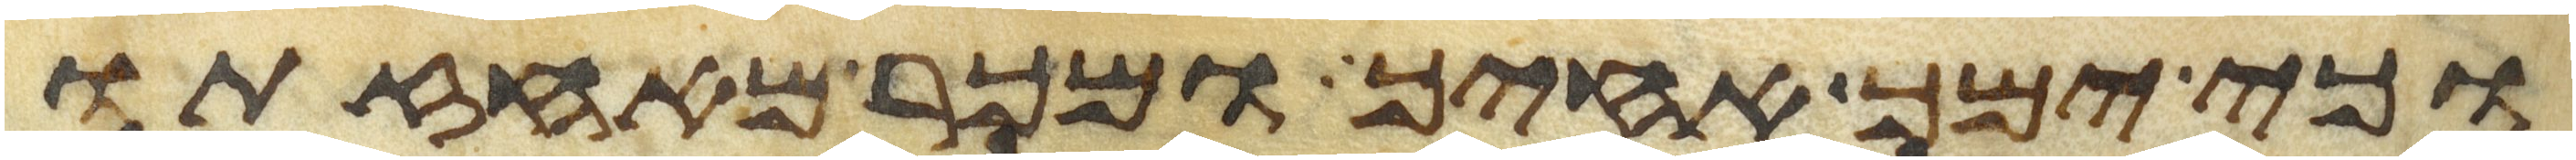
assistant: וכי ימך אחיך ומכר מאחזתו